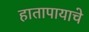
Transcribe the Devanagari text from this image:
हातापायाचे